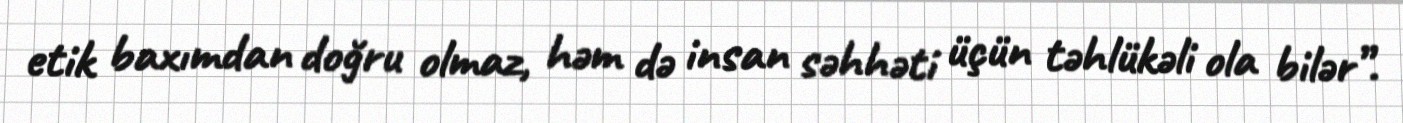
etik baxımdan doğru olmaz, həm də insan səhhəti üçün təhlükəli ola bilər”.